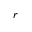
r